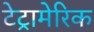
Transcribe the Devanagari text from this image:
टेट्रामेरिक